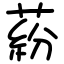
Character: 蒶